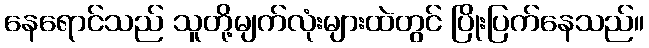
နေရောင်သည် သူတို့မျက်လုံးများထဲတွင် ပြိုးပြက်နေသည်။